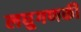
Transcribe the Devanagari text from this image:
लघुगणकी